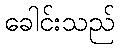
ခေါင်းသည်